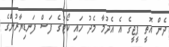
ދެން އޮތީ ޕީޖީގެ އެ އެދުމާ މެދު ހައި ކޯޓުގެ ފަސް ފަނޑިޔާރުންގެ